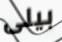
بيلى